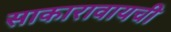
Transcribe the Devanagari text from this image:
साकारावायची